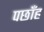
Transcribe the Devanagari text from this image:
पछाँह